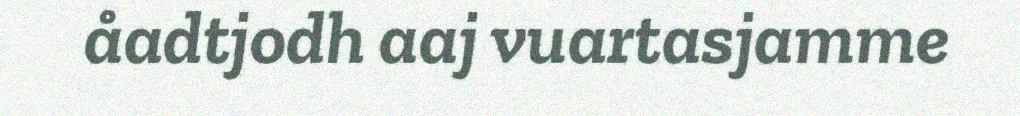
åadtjodh aaj vuartasjamme